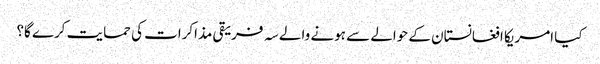
کیا امریکا افغانستان کے حوالے سے ہونے والے سہ فریقی مذاکرات کی حمایت کرے گا؟